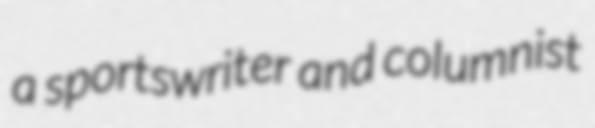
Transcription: a sportswriter and columnist